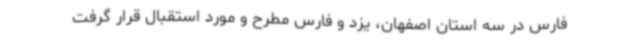
فارس در سه استان اصفهان، یزد و فارس مطرح و مورد استقبال قرار گرفت